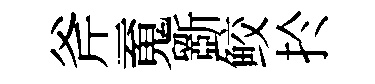
斧䰟斵鲛扵